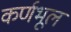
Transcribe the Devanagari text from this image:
कर्णभूल